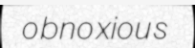
obnoxious